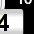
Digit: 3